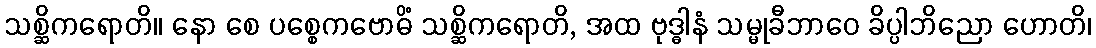
သစ္ဆိကရောတိ။ နော စေ ပစ္စေကဗောဓိံ သစ္ဆိကရောတိ, အထ ဗုဒ္ဓါနံ သမ္မုခီဘာဝေ ခိပ္ပါဘိညော ဟောတိ၊